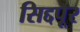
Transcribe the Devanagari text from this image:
सिद्दपूर